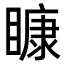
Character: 𥉽